Indian journal of veterinary science and animal husbandry - Volume 4,
Year: 1934
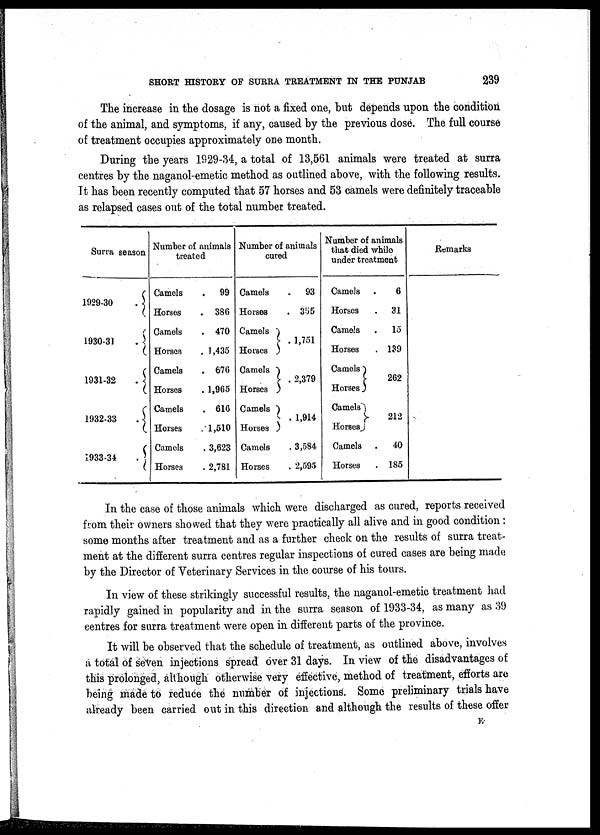
SHORT HISTORY OF SURRA TREATMENT IN THE PUNJAB
239
The increase in the dosage is not a fixed one, but depends upon the condition
of the animal, and symptoms, if any, caused by the previous dose. The full course
of treatment occupies approximately one month.
During the years 1929-34, a total of 13,561 animals were treated at surra
centres by the naganol-emetic method as outlined above, with the following results.
It has been recently computed that 57 horses and 53 camels were definitely traceable
as relapsed cases out of the total number treated.
Surra season
1929-30 . {
1930-31 . {
1931-32 . {
1932-33 . {
1933-34 . {
Number of animals
treated
Camels
.
99
Horses
.
386
Camels . 470
Horses . 1,435
Camels . 676
Horses . 1,965
Camels . 616
Horses . 1,510
Camels . 3,623
Horses . 2,781
Number of animals
cured
Camels
.
93
Horses . 355
Camels} 1751
Horses
Camels } . 2379
Horses
Camels } . 1914
Horses
Camels . 3584
Horses . 2595
Number of animals
that died while
under treatment
Camels .
6
Horses
. 31
Camels . 15
Horses . 139
Camels } 262
Horses
Camels } 212
Horses
Camels . 40
Horses . 185
Remarks
In the case of those animals which were discharged as cured, reports received
from their owners showed that they were practically all alive and in good condition :
some months after treatment and as a further check on the results of surra treat-
ment at the different surra centres regular inspections of cured cases are being made
by the Director of Veterinary Services in the course of his tours.
In view of these strikingly successful results, the naganol-emetic treatment had
rapidly gained in popularity and in the surra season of 1933-34, as many as 39
centres for surra treatment were open in different parts of the province.
It will be observed that the schedule of treatment, as outlined above, involves
a total of seven injections spread over 31 days. In view of the disadvantages of
this prolonged, although otherwise very effective, method of treatment, efforts are
being made to reduce the number of injections. Some preliminary trials have
already been carried out in this direction and although the results of these offer
E